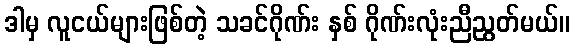
ဒါမှ လူငယ်များဖြစ်တဲ့ သခင်ဂိုဏ်း နှစ် ဂိုဏ်းလုံးညီညွတ်မယ်။